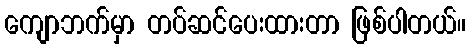
ကျောဘက်မှာ တပ်ဆင်ပေးထားတာ ဖြစ်ပါတယ်။